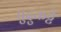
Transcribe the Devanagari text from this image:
पुदुकट्टै